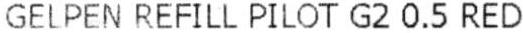
GELPEN REFILL PILOT G2 0.5 RED